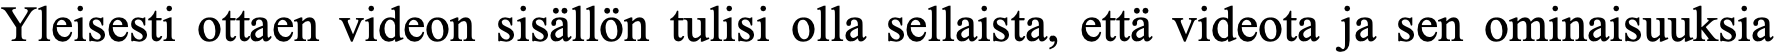
Yleisesti ottaen videon sisällön tulisi olla sellaista, että videota ja sen ominaisuuksia